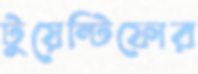
টুয়েন্টিফোর